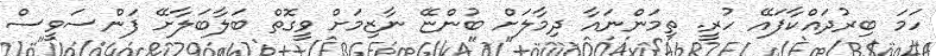
ހަމަ ބިރުދައްކާފައޭ ހުރީ. ތިމަންނައާ ދިމާލަށް ބުންޏޭ ނާޒިމަށް ވީގޮތް ބަލާބަލާށޭ ފަންސަވީސް